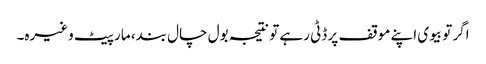
اگر تو بیوی اپنے موقف پر ڈٹی رہے تو نتیجہ بول چال بند، مار پیٹ وغیرہ۔